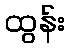
ထွန်း